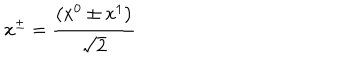
LaTeX: x ^ { \pm } = \frac { \left( x ^ { 0 } \pm x ^ { 1 } \right) } { \sqrt { 2 } }